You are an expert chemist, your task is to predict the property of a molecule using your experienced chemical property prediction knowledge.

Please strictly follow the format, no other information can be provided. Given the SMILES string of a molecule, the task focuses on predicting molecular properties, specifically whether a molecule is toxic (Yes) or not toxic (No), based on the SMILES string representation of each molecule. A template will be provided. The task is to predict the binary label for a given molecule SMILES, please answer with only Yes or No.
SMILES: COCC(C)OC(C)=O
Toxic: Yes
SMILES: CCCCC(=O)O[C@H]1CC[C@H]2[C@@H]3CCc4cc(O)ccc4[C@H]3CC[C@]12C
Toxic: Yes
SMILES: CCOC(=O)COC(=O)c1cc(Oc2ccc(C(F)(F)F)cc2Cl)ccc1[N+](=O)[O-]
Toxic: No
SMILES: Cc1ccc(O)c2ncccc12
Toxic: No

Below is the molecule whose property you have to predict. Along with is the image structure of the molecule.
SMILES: CC(=O)Oc1cc(C(C)C)c(OCCN(C)C)cc1C
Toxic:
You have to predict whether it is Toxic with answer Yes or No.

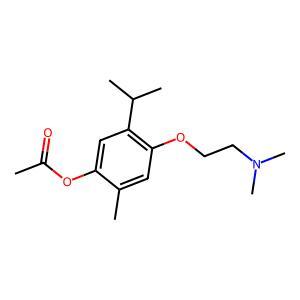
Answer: No